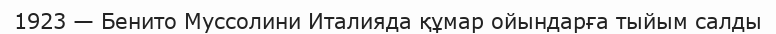
1923 — Бенито Муссолини Италияда құмар ойындарға тыйым салды